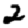
Digit: 2